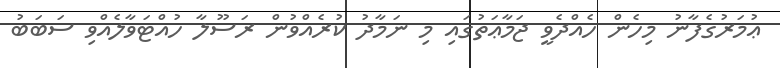
ޢުމަރުގެފާނު މިހެން ހެއްދެވީ ޖަމާޢަތުގައި މި ނަމާދު ކުރެއްވުން ރަސޫލާ ހުއްޓަވާލެއްވި ސަބަބު